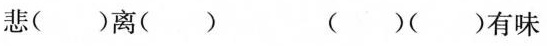
裁悲（）离（） （）（）有味